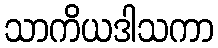
သာကိယဒါသကာ